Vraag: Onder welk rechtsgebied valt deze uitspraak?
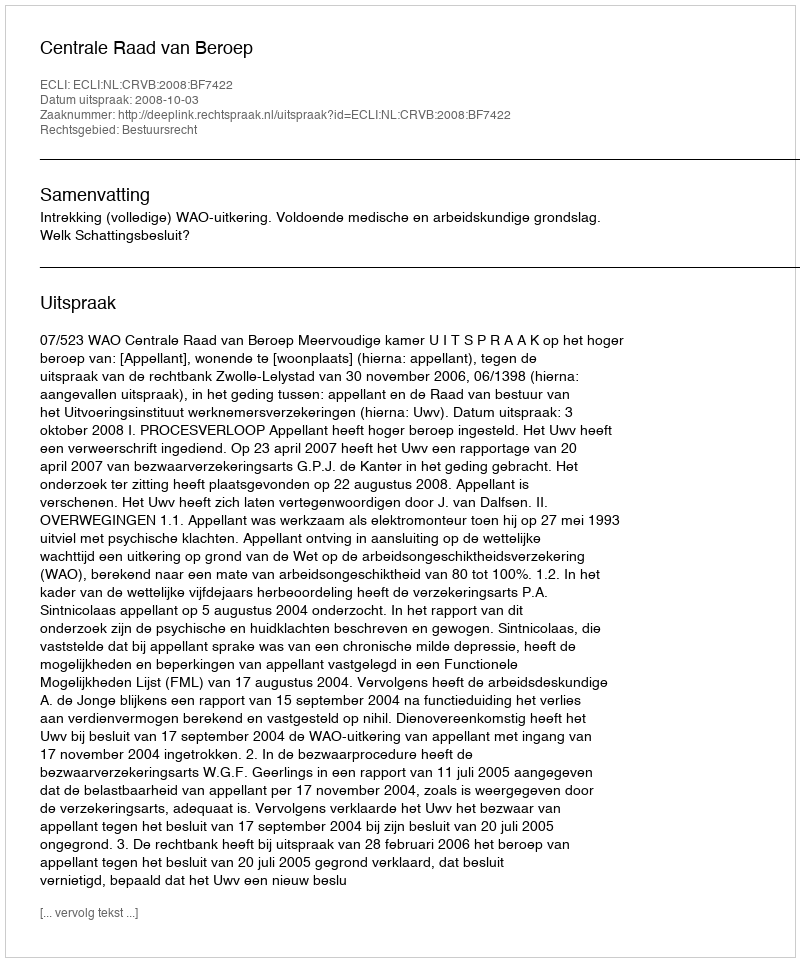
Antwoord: Bestuursrecht